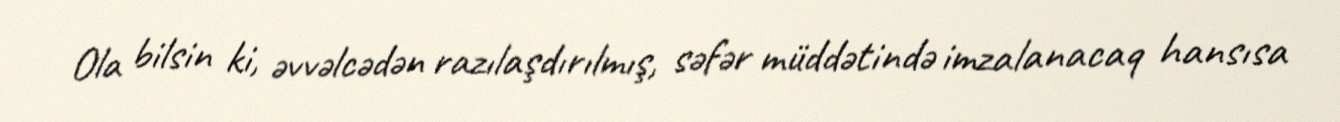
Ola bilsin ki, əvvəlcədən razılaşdırılmış, səfər müddətində imzalanacaq hansısa